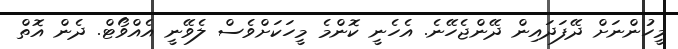
މީހުންނަށް ދޭފަދައިން ދޭންޖެހޭނެ. އެހެނީ ކޮންމެ މީހަކަށްވެސް ލެވޭނީ އެއްވޯޓް. ދެން އޮތް